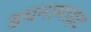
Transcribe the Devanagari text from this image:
डयनामाइट